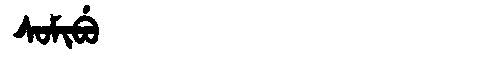
Manchu: ᠰᠣᠮᡳᠪᡠ
Romanization: SOMIBU